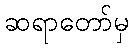
ဆရာတော်မှ